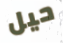
حيل